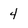
Character: 4